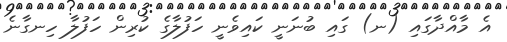
އެ މާއްދާގައި (ނ) ގައި ބުނަނީ ކައިވެނީ ހަފުލާގެ ކުރިން ހަފުލާ ހިނގާނެ